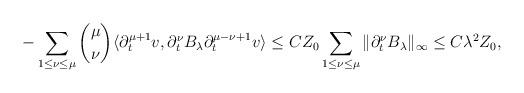
LaTeX: \begin{align*}- \sum_{1 \leq \nu \leq \mu} \binom{\mu}{\nu} \langle \partial_t^{\mu+1} v, \partial_t^\nu B_\lambda \partial_t^{\mu-\nu +1} v \rangle \leq C Z_0 \sum_{1 \leq \nu \leq \mu} \|\partial_t^\nu B_\lambda\|_\infty \leq C \lambda^2 Z_0,\end{align*}